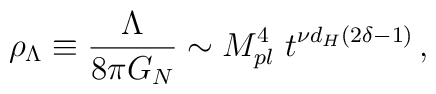
\rho_{\Lambda} \equiv {\Lambda \over 8\pi G_N}\sim M_{pl}^4\ t^{\nu d_H (2\delta -1)}\,,